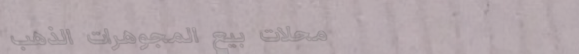
محلات بيع المجوهرات الذهب